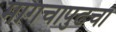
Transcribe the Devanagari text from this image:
मागचापुढचा